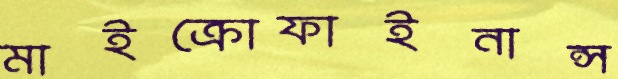
মাইক্রোফাইনান্স